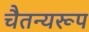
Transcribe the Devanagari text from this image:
चैतन्यरूप